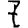
Digit: 7